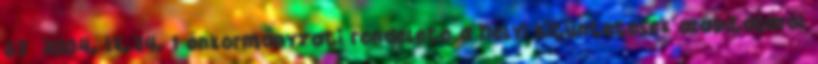
32 2004. IX.24. 1 önkormányzati rendelete a helyi kitüntetések alapításáról